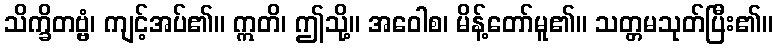
သိက္ခိတဗ္ဗံ၊ ကျင့်အပ်၏။ ဣတိ၊ ဤသို့။ အဝေါစ၊ မိန့်တော်မူ၏။ သတ္တမသုတ်ပြီး၏။